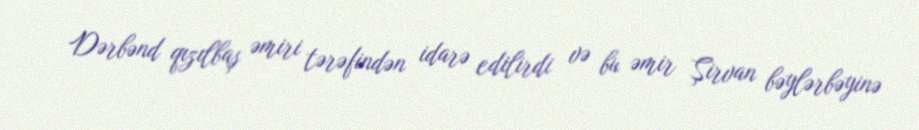
Dərbənd qızılbaş əmiri tərəfindən idarə edilirdi və bu əmir Şirvan bəylərbəyinə